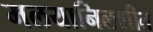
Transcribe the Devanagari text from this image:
मलयानिलशीत